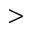
>